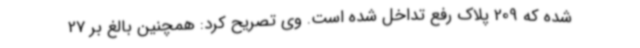
شده که 209 پلاک رفع تداخل شده است. وی تصریح کرد: همچنین بالغ بر 27